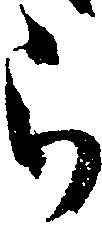
ら